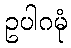
ဥပါဂမုံ